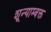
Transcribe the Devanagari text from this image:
शून्याम्बक्त